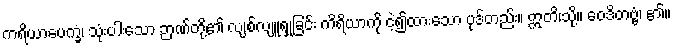
ကရိယာပေက္ခံ၊ သုံးပါးသော ဉာဏ်တို့၏ လျစ်လျူရှုခြင်း ကိရိယာကို ငဲ့၍ထားသော ပုဒ်တည်း။ ဣတိ၊သို့။ ဝေဒိတဗ္ဗံ၊ ၏။